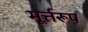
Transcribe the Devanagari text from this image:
मूर्त्तरूप